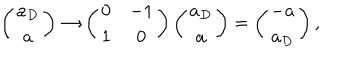
\left( \begin{array} { c } { { a _ { D } } } \\ { { a } } \\ \end{array} \right) \rightarrow \left( \begin{array} { c c } { { 0 } } & { { - 1 } } \\ { { 1 } } & { { 0 } } \\ \end{array} \right) \left( \begin{array} { c } { { a _ { D } } } \\ { { a } } \\ \end{array} \right) = \left( \begin{array} { c } { { - a } } \\ { { a _ { D } } } \\ \end{array} \right) ,